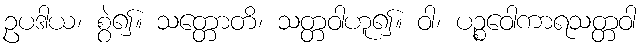
ဥပဒါယ၊ စွဲ၍။ သတ္တောတိ၊ သတ္တဝါဟူ၍။ ဝါ၊ ပဉ္စဝေါကာရသတ္တဝါ